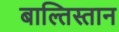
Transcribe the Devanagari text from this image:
बाल्तिस्तान